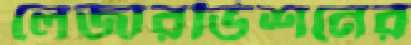
লেজারভিশনের